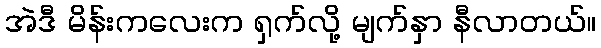
အဲဒီ မိန်းကလေးက ရှက်လို့ မျက်နှာ နီလာတယ်။